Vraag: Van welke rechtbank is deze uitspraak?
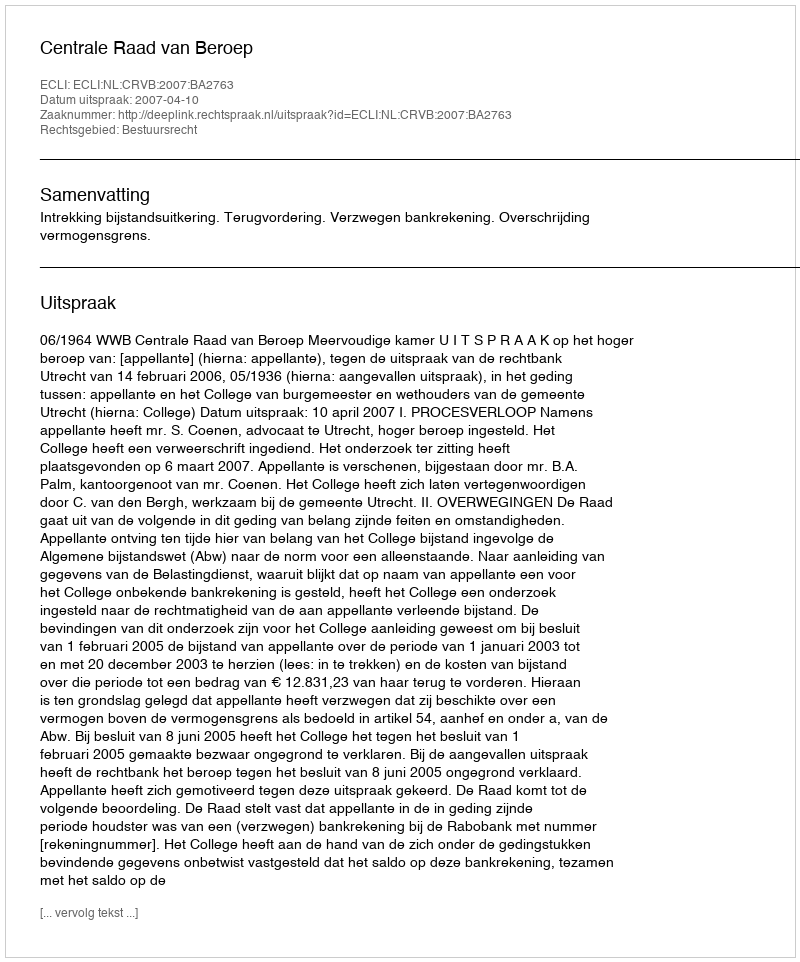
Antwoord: Centrale Raad van Beroep